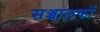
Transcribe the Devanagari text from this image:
सञ्चालकों